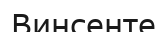
Винсенте